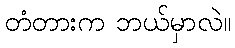
တံတားက ဘယ်မှာလဲ။